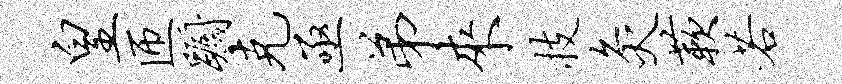
皇匝蹰克亟弟来技灸蔌若